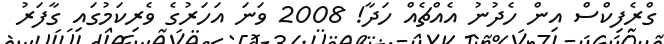
ގްރެފިކްސް އިން ހެދުނު އެއްޗެއް ހަދާ! 2008 ވަނަ އަހަރުގެ ވެރިކަމުގައި ގާފަރު